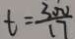
t = \frac { 3 0 0 } { 1 7 }